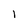
Character: l